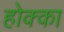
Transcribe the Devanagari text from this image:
होक्का